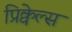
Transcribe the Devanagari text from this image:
प्रिक्वेल्स